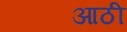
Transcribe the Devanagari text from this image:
आठी